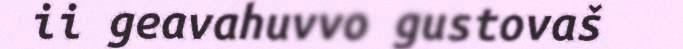
ii geavahuvvo gustovaš